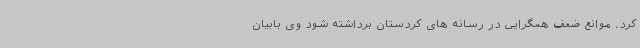
کرد. موانع ضعف همگرایی در رسانه های کردستان برداشته شود وی بابیان